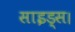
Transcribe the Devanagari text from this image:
साइड्स।